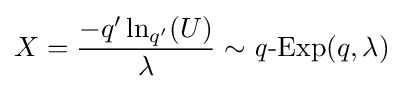
X={\frac {-q'\ln _{q'}(U)}{\lambda }}\sim \operatorname {{\mathit {q}}-Exp} (q,\lambda )